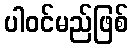
ပါဝင်မည်ဖြစ်